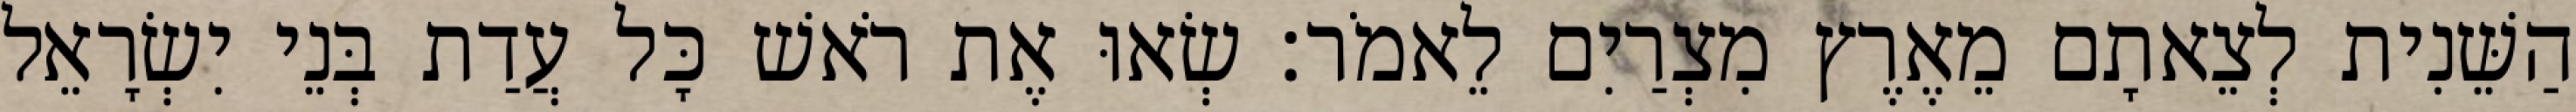
הַשֵּׁנִית לְצֵאתָם מֵאֶרֶץ מִצְרַיִם לֵאמֹר׃ שְׂאוּ אֶת רֹאשׁ כָּל עֲדַת בְּנֵי יִשְׂרָאֵל